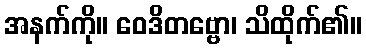
အနက်ကို။ ဝေဒိတဗ္ဗော၊ သိထိုက်၏။